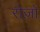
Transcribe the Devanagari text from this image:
रोज़ो